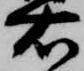
右